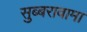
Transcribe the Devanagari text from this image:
सुब्बरावामा